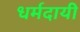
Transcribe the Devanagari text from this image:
धर्मदायी